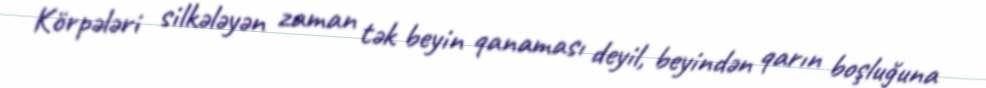
Körpələri silkələyən zaman tək beyin qanaması deyil, beyindən qarın boşluğuna